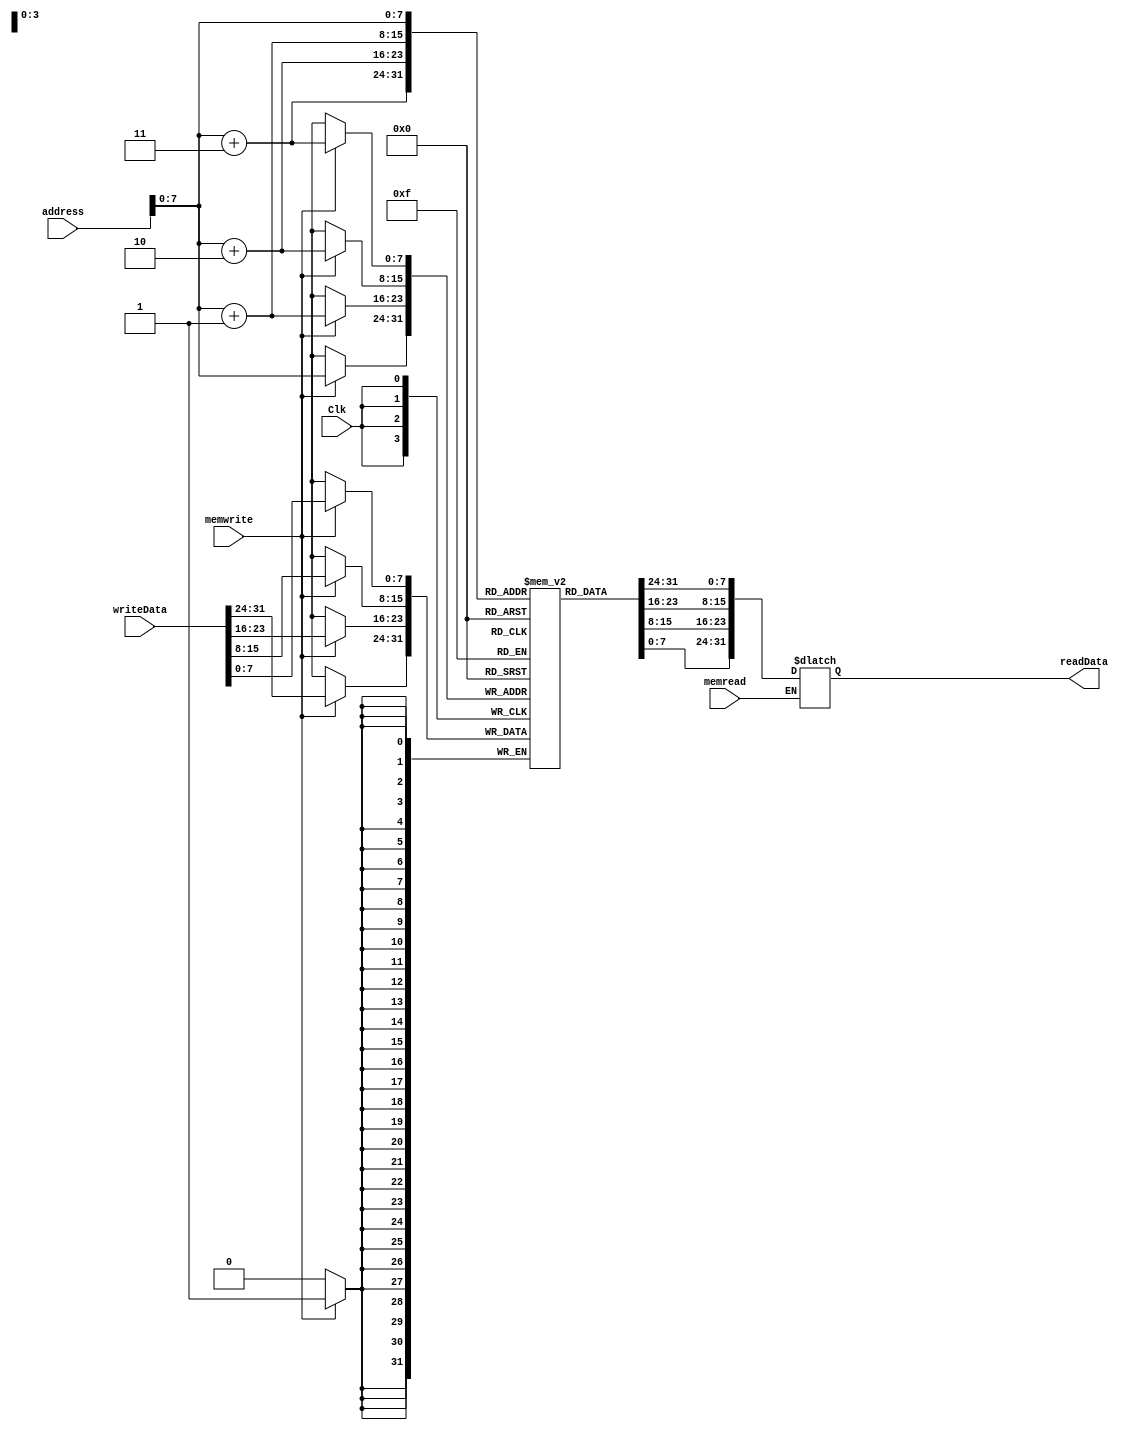
`timescale 1ns / 1ps
//////////////////////////////////////////////////////////////////////////////////
// Company: 
// Engineer: 
// 
// Design Name: 
// Module Name: DM
// Project Name: 
// Target Devices: 
// Tool Versions: 
// Description: 
// 
// Dependencies: 
// 
// Revision:
// Revision 0.01 - File Created
// Additional Comments:
// 
//////////////////////////////////////////////////////////////////////////////////


module DM(
    input Clk,
    input [31:0] address,
    input [31:0] writeData,
    input memwrite,
    input memread,
    output reg [31:0] readData
    );


reg [7:0] memFile[0:255];

always @ (address or memread)
begin
if(memread) 
begin
    readData[7:0] = memFile[address+3];
    readData[15:8]= memFile[address+2];
    readData[23:16]= memFile[address+1];
    readData[31:24]= memFile[address];
end 
end

always @ (posedge Clk)
begin
if (memwrite)
begin
    memFile[address+3]=writeData[7:0];
    memFile[address+2]=writeData[15:8];
    memFile[address+1]=writeData[23:16];
    memFile[address]= writeData[31:24];
end 
end

endmodule